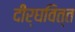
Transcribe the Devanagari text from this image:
दीर्घवित्त